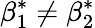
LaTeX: \beta_{1}^{*}\neq\beta_{2}^{*}